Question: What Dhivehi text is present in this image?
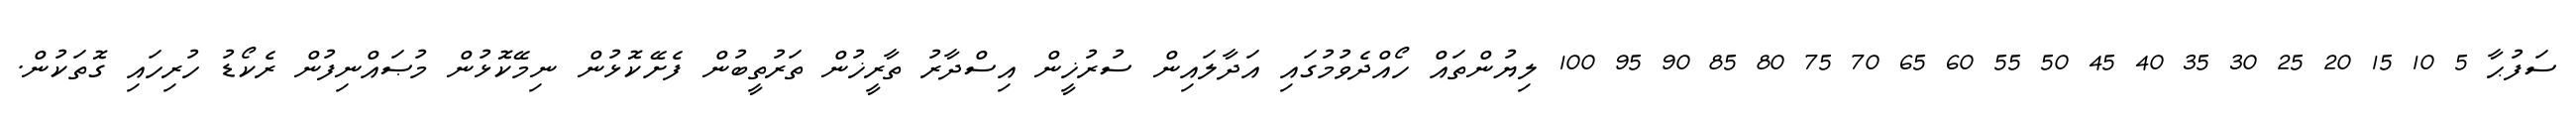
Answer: ސަފުޙާ 5 10 15 20 25 30 35 40 45 50 55 60 65 70 75 80 85 90 95 100 ލިޔުންތައް ހޯއްދެވުމުގައި އަދާލައިން ސުރުޚީން އިސްދާރު ތާރީޚުން ތަރުތީބުން ފެށޭކޮޅުން ނިމޭކޮޅުން މުޞައްނިފުން ރެކޯޑު ހުރިހައި ގޮތަކުން.